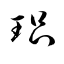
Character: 琩